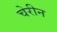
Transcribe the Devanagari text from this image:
चेरीन